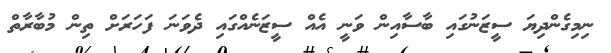
ނިމިގެންދިޔަ ސީޒަނުގައި ބާސާއިން ވަނީ އެއް ސީޒަނެއްގައި ދެވަނަ ފަހަރަށް ތިން މުބާރާތް